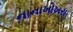
નાનાખોખરા